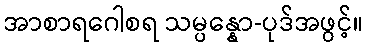
အာစာရဂေါစရ သမ္ပန္နော-ပုဒ်အဖွင့်။